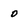
Character: O